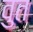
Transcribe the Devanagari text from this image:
वुत